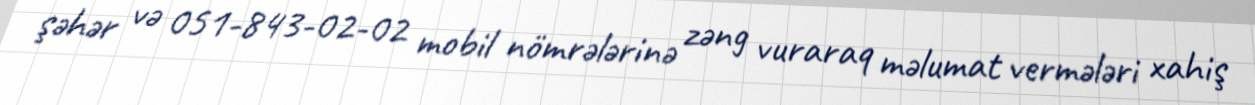
şəhər və 051-843-02-02 mobil nömrələrinə zəng vuraraq məlumat vermələri xahiş